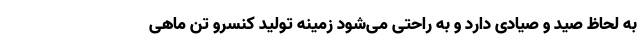
به لحاظ صید و صیادی دارد و به راحتی می‌شود زمینه تولید کنسرو تن ماهی